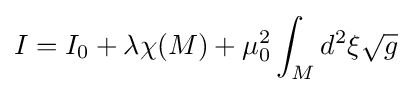
I=I_{0}+\lambda \chi (M)+\mu _{0}^{2}\int _{M}d^{2}\xi {\sqrt {g}}